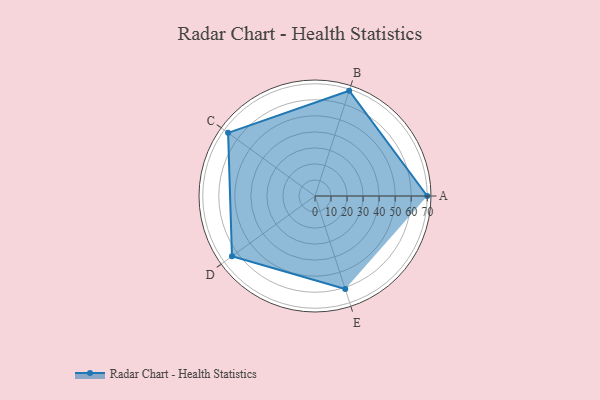
{"axis": {"x": "Skill", "y": "Score"}, "legend": ["Profile"], "data": [{"x": "A", "y": 70.0, "type": "Profile"}, {"x": "B", "y": 69.0, "type": "Profile"}, {"x": "C", "y": 67.0, "type": "Profile"}, {"x": "D", "y": 64.0, "type": "Profile"}, {"x": "E", "y": 61.0, "type": "Profile"}]}